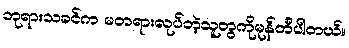
ဘုရားသခင်က မတရားလုပ်တဲ့သူတွကိုမုန်တီပါတယ်။